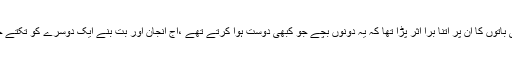
گھر والوں کی باتوں کا ان پر اتنا بُرا اثر پڑا تھا کہ یہ دونوں بچے جو کبھی دوست ہوا کرتے تھے ،آج انجان اور بُت بنے ایک دوسرے کو تکتے جا رہے تھے۔